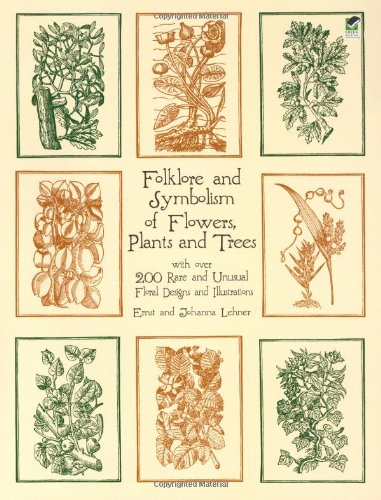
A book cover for Folklore and Symbolism of Flowers, Plants and Trees (Dover Pictorial Archive); Ernst Lehner; Crafts, Hobbies & Home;